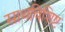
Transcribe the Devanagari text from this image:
साथविशिष्ट